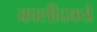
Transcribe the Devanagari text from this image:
काशीदकडे